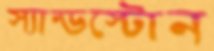
স্যান্ডস্টোন